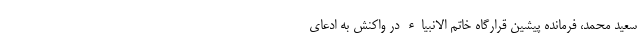
سعید محمد، فرمانده پیشین قرارگاه خاتم الانبیاء در واکنش به ادعای